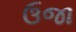
ઉજા